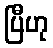
ပြီဟု